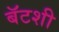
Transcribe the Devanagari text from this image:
बॅटशी